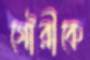
গৌরীকে